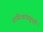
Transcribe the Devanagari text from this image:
दायित्वांपासूनही